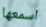
اسمعها